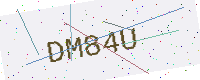
Text: DM84U